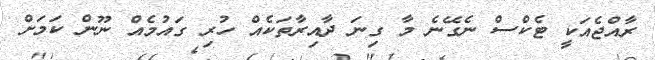
ރާއްޖެއަކީ ޓެކްސް ނެގޭނެ މާ ގިނަ ދާއިރާތަކެއް ހުރި ގައުމެއް ނޫން ކަމަށް